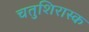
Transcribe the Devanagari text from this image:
चतुशिरास्क